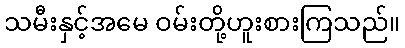
သမီးနှင့်အမေ ဝမ်းတို့ဟူးစားကြသည်။